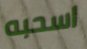
اسحبه